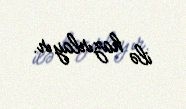
ilə hazırlayır.